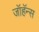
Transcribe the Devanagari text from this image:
जॉहॅन्स